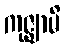
ကုဇ္ဈာမိ